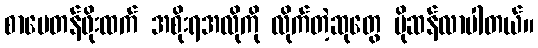
စာပေတန်ဖိုးထက် အစိုးရအလိုကို လိုက်တဲ့ဆုတွေ ပိုဆန်လာပါတယ်။